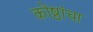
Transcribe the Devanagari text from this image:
कोष्ठांचा